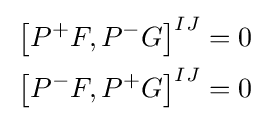
{\begin{aligned}{}\left[P^{+}F,P^{-}G\right]^{IJ}&=0\\{}\left[P^{-}F,P^{+}G\right]^{IJ}&=0\end{aligned}}